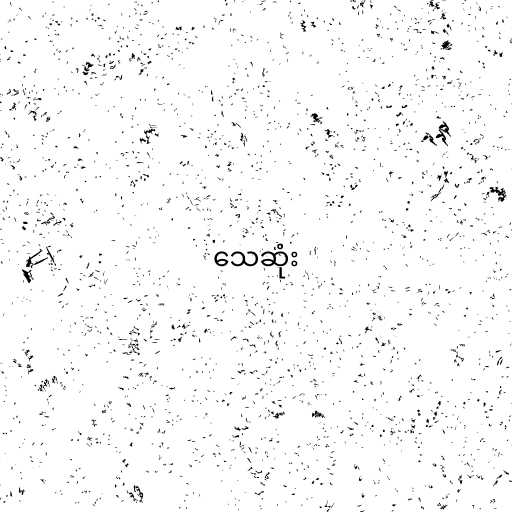
သေဆုံး